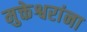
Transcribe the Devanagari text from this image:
मुक्तेश्वरांना